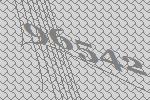
96542